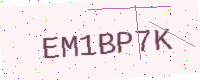
Text: EM1BP7K